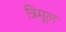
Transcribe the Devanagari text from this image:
त्रिमूल